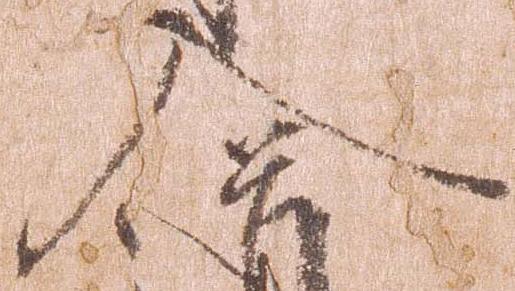
入